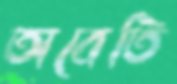
অবেতি